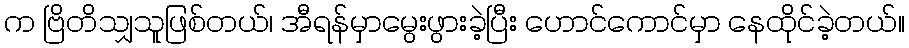
က ဗြိတိသျှသူဖြစ်တယ်၊ အီရန်မှာမွေးဖွားခဲ့ပြီး ဟောင်ကောင်မှာ နေထိုင်ခဲ့တယ်။